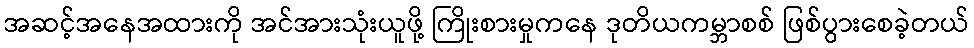
အဆင့်အနေအထားကို အင်အားသုံးယူဖို့ ကြိုးစားမှုကနေ ဒုတိယကမ္ဘာစစ် ဖြစ်ပွားစေခဲ့တယ်